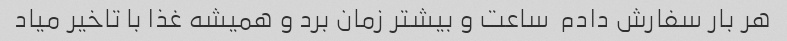
هر بار سفارش دادم  ساعت و بیشتر زمان برد و همیشه غذا با تاخیر میاد